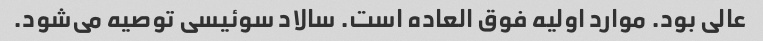
عالی بود. موارد اولیه فوق العاده است. سالاد سوئیسی توصیه می‌شود.